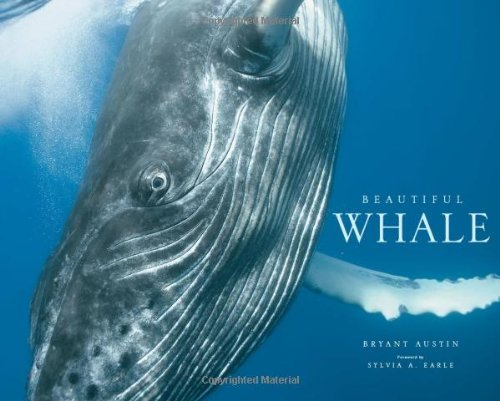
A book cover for Beautiful Whale; Bryant Austin; Science & Math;